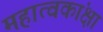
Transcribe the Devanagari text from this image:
महात्वकांक्षा